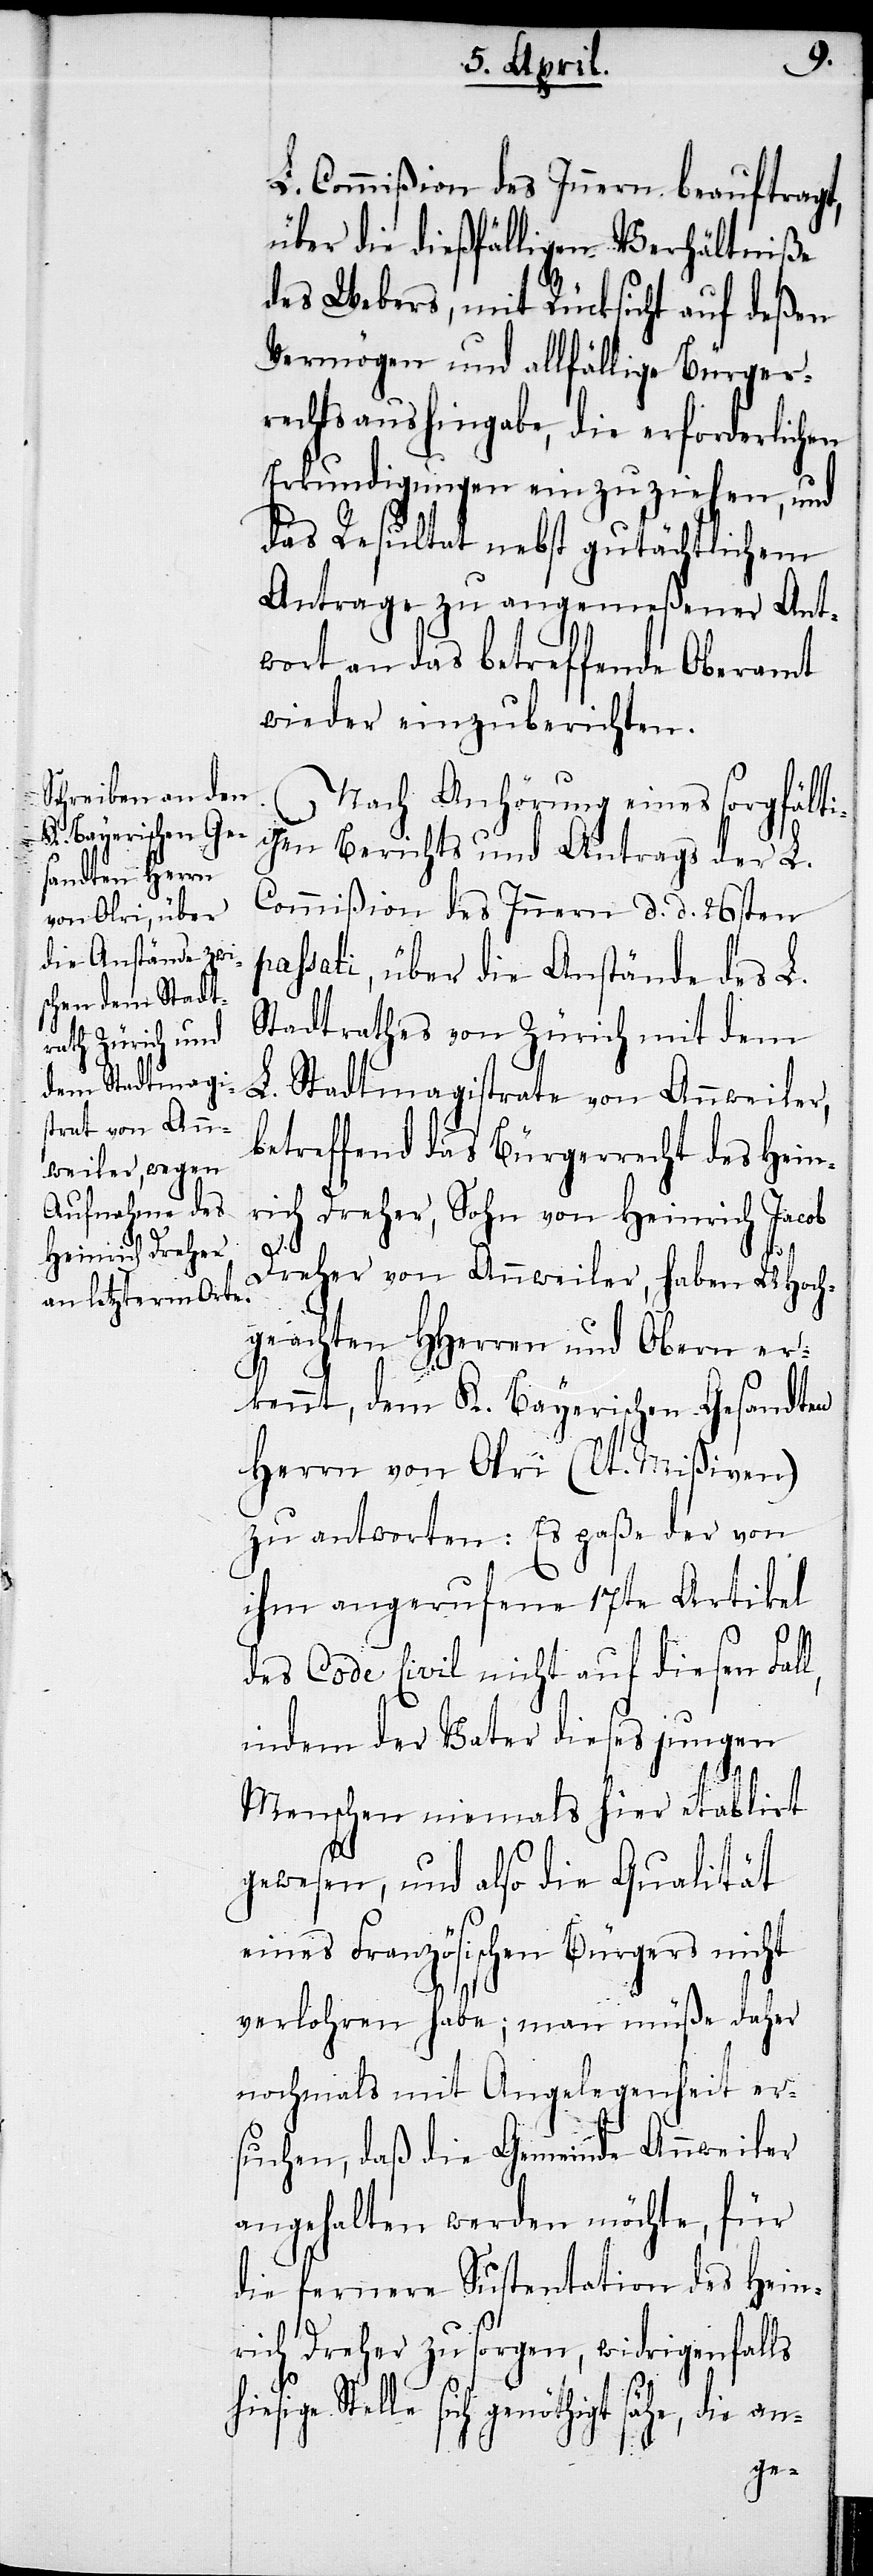
L. Commißion des Innern beauftragt,
über die dießfälligen Verhältniße
des Webers, mit Rücksicht auf deßen
Vermögen und allfällige Bürger¬
rechtsaushingabe, die erforderlichen
Erkundigungen einzuziehen, und
das Resultat nebst gutächtlichem
Antrage zu angemeßener Ant¬
wort an das betreffende Oberamt
wieder einzuberichten.
Nach Anhörung eines sorgfälti¬
gen Berichts und Antrags der L.
Commißion des Innern d. d. 26sten
passati, über die Anstände des L.
Stadtrathes von Zürich mit dem
L. Stadtmagistrate von Annweiler,
betreffend das Bürgerrecht des Hein¬
rich Dreher, Sohn von Heinrich Jacob
Dreher von Annweiler, haben UHoch¬
geachten HHerren und Obern er¬
kennt, dem K. Bayerischen Gesandten
Herrn von Olri (lt. Mißiven)
zu antworten: Es paße der von
ihm angerufene 17te Artikel
des Code civil nicht auf diesen Fal¬
indem der Vater dieses jungen
Menschen niemals hier etablirt
l,
gewesen, und also die Qualität
eines Französischen Bürgers nicht
verlohren habe; man müße daher
nochmals mit Angelegenheit er¬
suchen, daß die Gemeinde Annweiler
angehalten werden möchte, für
die fernere Sustentation des Hein¬
rich Dreher zu sorgen, widrigenfalls
sich genöthigt sähe, die an-